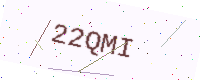
Text: 22QMI